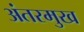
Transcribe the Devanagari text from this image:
अंतरमुख